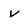
Character: v